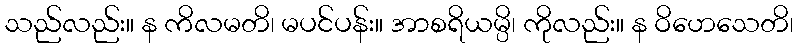
သည်လည်း။ န ကိလမတိ၊ မပင်ပန်း။ အာစရိယမ္ပိ၊ ကိုလည်း။ န ဝိဟေသေတိ၊